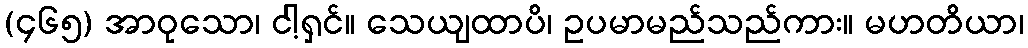
(၄၆၅) အာဝုသော၊ ငါ့ရှင်။ သေယျထာပိ၊ ဥပမာမည်သည်ကား။ မဟတိယာ၊